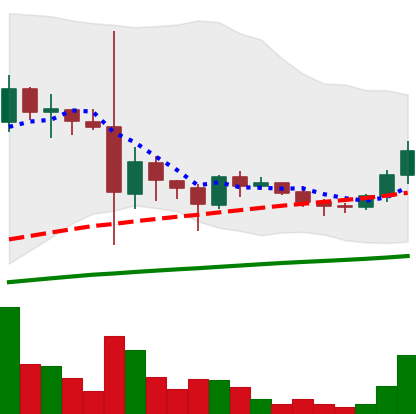
Ticker: DOGE-USD
Chart end date: 2021-06-02
Forward return: -21.807%
Label: down_7plus